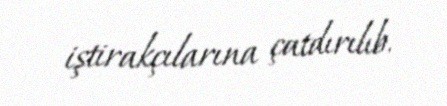
iştirakçılarına çatdırılıb.